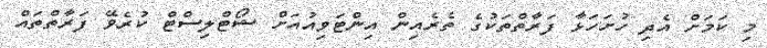
މި ކަމަށް އެދި ހުށަހަޅާ ފަރާތްތަކުގެ ތެރެއިން އިންޓަވިއުއަށް ޝޯޓްލިސްޓް ކުރެވޭ ފަރާތްތައް